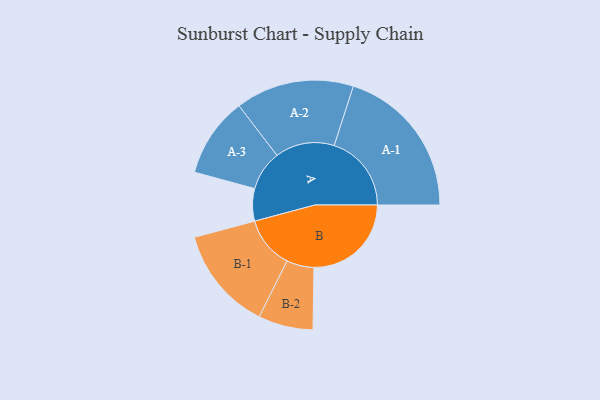
{"axis": {"x": "Segment", "y": "Value"}, "legend": ["", "A", "B"], "data": [{"x": "A", "y": 124, "type": ""}, {"x": "B", "y": 373, "type": ""}, {"x": "A-1", "y": 296, "type": "A"}, {"x": "A-2", "y": 227, "type": "A"}, {"x": "A-3", "y": 153, "type": "A"}, {"x": "B-1", "y": 199, "type": "B"}, {"x": "B-2", "y": 105, "type": "B"}]}